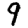
Digit: 9